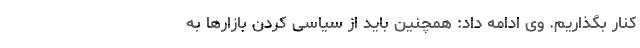
کنار بگذاریم. وی ادامه داد:‌ همچنین باید از سیاسی کردن بازارها به